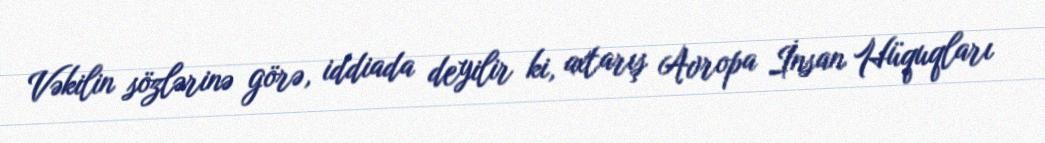
Vəkilin sözlərinə görə, iddiada deyilir ki, axtarış Avropa İnsan Hüquqları